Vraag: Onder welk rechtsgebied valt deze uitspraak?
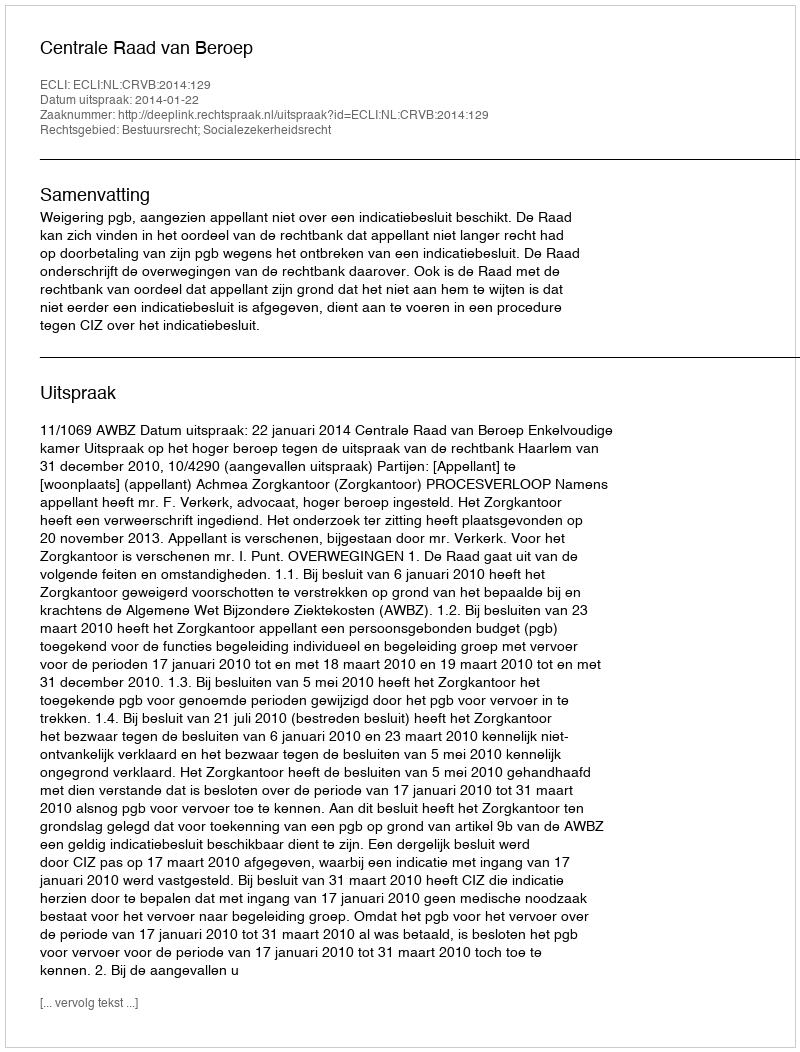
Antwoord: Bestuursrecht; Socialezekerheidsrecht